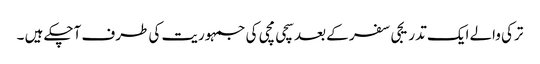
ترکی والے ایک تدریجی سفر کے بعد سچی مچی کی جمہوریت کی طرف آچکے ہیں ۔